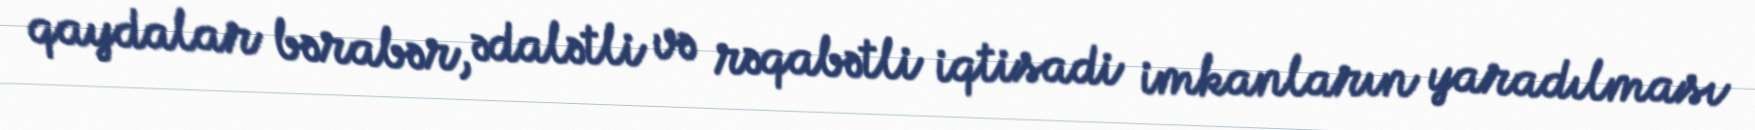
qaydalar bərabər, ədalətli və rəqabətli iqtisadi imkanların yaradılması